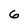
Character: 6